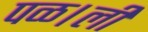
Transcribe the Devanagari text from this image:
पळ।ली